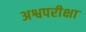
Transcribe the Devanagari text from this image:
अश्वपरीक्षा